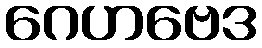
ဂေဟဗေဒ